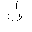
Letter: _non